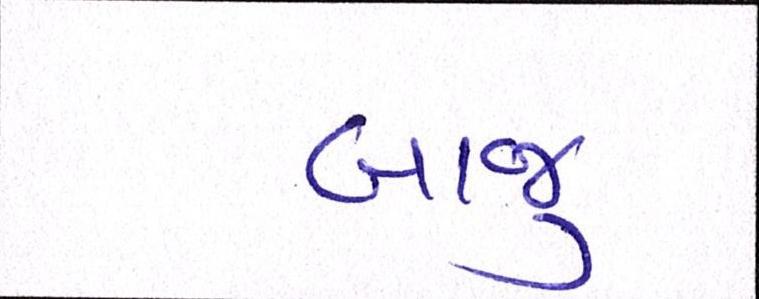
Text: બાજુ